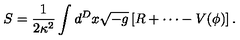
S = \frac 1 { 2 \kappa ^ { 2 } } \int d ^ { D } x \sqrt { - g } \left[ R + \cdots - V ( \phi ) \right] .